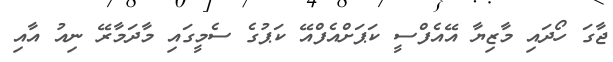
ޖާގަ ހޯދައި މާޒިޔާ އޭއެފްސީ ކަޕަށްއެފްއޭ ކަޕުގެ ސެމީގައި މާދަމާރޭ ނިއު އާއި